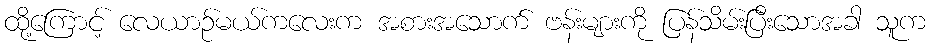
ထို့ကြောင့် လေယာဉ်မယ်ကလေးက အစားအသောက် ဗန်းများကို ပြန်သိမ်းပြီးသောအခါ သူက